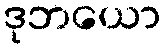
ဒုဘယော